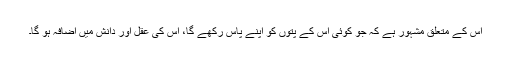
اس کے متعلق مشہور ہے کہ جو کوئی اس کے پتوں کو اپنے پاس رکھے گا، اس کی عقل اور دانش میں اضافہ ہو گا۔